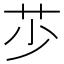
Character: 䒚